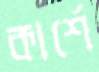
কার্শে